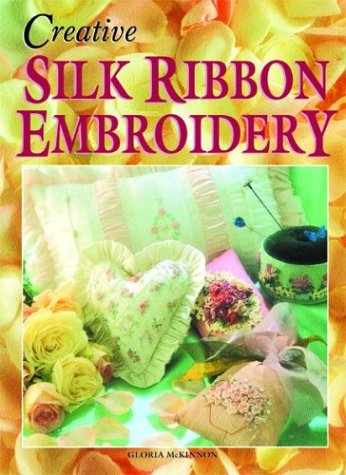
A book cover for Creative Silk Ribbon Embroidery; Crafts, Hobbies & Home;